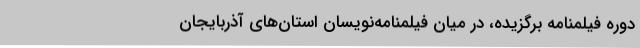
دوره فیلمنامه برگزیده، در میان فیلمنامه‌نویسان استان‌های آذربایجان